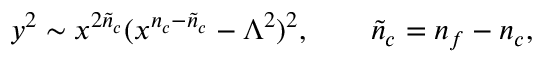
y ^ { 2 } \sim x ^ { 2 { \tilde { n } } _ { c } } ( x ^ { n _ { c } - { \tilde { n } } _ { c } } - \Lambda ^ { 2 } ) ^ { 2 } , \qquad { \tilde { n } } _ { c } = n _ { f } - n _ { c } ,